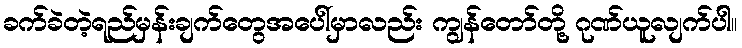
ခက်ခဲတဲ့ရည်မှန်းချက်တွေအပေါ်မှာလည်း ကျွန်တော်တို့ ဂုဏ်ယူလျက်ပါ။